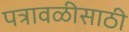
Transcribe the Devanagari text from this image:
पत्रावळीसाठी